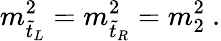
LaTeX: m_{\tilde{t}_{L}}^{2}=m_{\tilde{t}_{R}}^{2}=m_{2}^{2}\ .